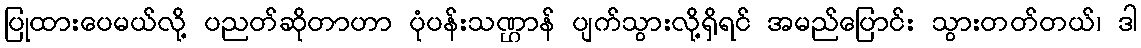
ပြုထားပေမယ်လို့ ပညတ်ဆိုတာဟာ ပုံပန်းသဏ္ဌာန် ပျက်သွားလို့ရှိရင် အမည်ပြောင်း သွားတတ်တယ်၊ ဒါ